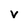
Character: v